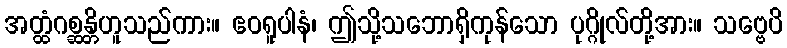
အတ္ထံဂစ္ဆန္တိဟူသည်ကား။ ဧဝရူပါနံ၊ ဤသို့သဘောရှိကုန်သော ပုဂ္ဂိုလ်တို့အား။ သဗ္ဗေပိ